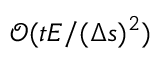
\mathcal { O } ( t E / ( \Delta s ) ^ { 2 } )